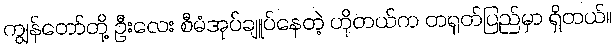
ကျွန်တော်တို့ ဦးလေး စီမံအုပ်ချူပ်နေတဲ့ ဟိုတယ်က တရုတ်ပြည်မှာ ရှိတယ်။